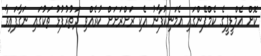
ކޮށް އެމްޑީޕީގެ ކެމްޕޭންގައި އެމަނިކުފާނު އެކި ރަށްރަށަށް ކުރެއްވި ދަތުރުފުޅު ތަކުގައި ނަގާފައިވާ